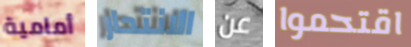
أمامية الانتحار عن اقتحموا